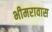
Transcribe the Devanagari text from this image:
भीमरावास